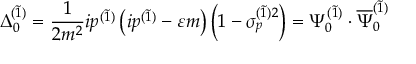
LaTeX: \Delta _ { 0 } ^ { ( \widetilde { 1 } ) } = \frac 1 { 2 m ^ { 2 } } i p ^ { ( \widetilde { 1 } ) } \left( i p ^ { ( \widetilde { 1 } ) } - \varepsilon m \right) \left( 1 - \sigma _ { p } ^ { ( \widetilde { 1 } ) 2 } \right) = \Psi _ { 0 } ^ { ( \widetilde { 1 } ) } \cdot \overline { { { \Psi } } } _ { 0 } ^ { ( \widetilde { 1 } ) }